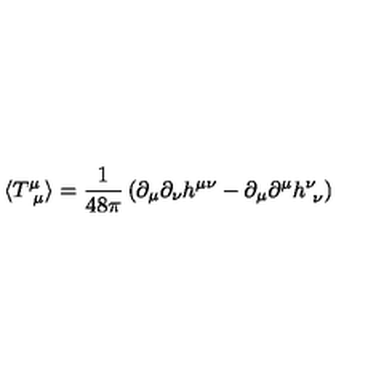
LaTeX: \langle T _ { \ \mu } ^ { \mu } \rangle = \frac { 1 } { 4 8 \pi } \left( \partial _ { \mu } \partial _ { \nu } h ^ { \mu \nu } - \partial _ { \mu } \partial ^ { \mu } h _ { \ \nu } ^ { \nu } \right)